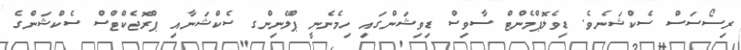
ރިސޯސަސް ސެކްޝަނެވެ. ޑިވެލޮޕްމެންޓް ސާވިސް ޑިވިޝަންގައި ހިމެނެނީ ޕްލޭނިންގ ސެކްޝަނާއި ޕްރޮޖެކްޓްސް ސެކްޝަންގެ